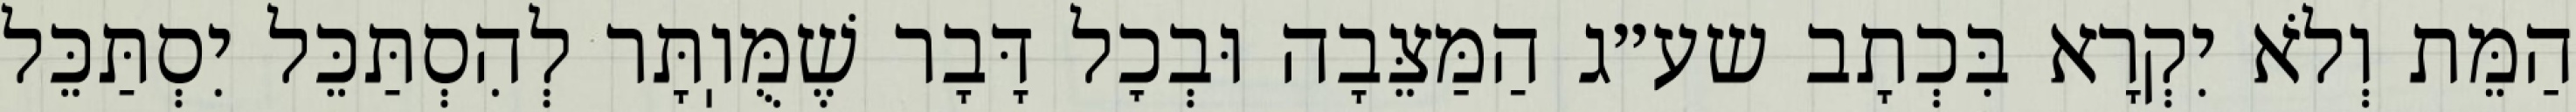
הַמֵּת וְלֹא יִקְרָא בִּכְתָב שע״ג הַמַּצֵּבָה וּבְכׇל דָּבָר שֶׁמֻּוֽתָּר לְהִסְתַּכֵּל יִסְתַּכֵּל